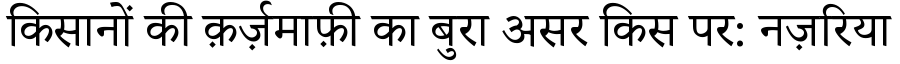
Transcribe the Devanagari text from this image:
किसानों की क़र्ज़माफ़ी का बुरा असर किस पर: नज़रिया